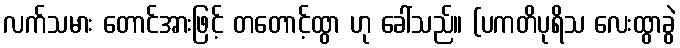
လက်သမား တောင်အားဖြင့် တတောင့်ထွာ ဟု ခေါ်သည်။ (ပကတိပုရိသ လေးထွာခွဲ